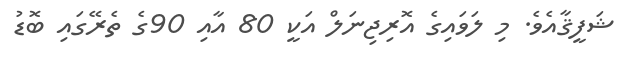
ޝަފީޤާއެވެ. މި ލަވައިގެ އޮރިޖިނަލް އަކީ 80 އާއި 90ގެ ތެރޭގައި ބޮޑު